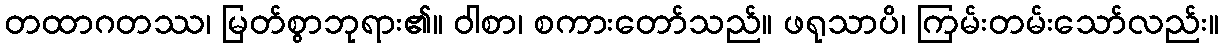
တထာဂတဿ၊ မြတ်စွာဘုရား၏။ ဝါစာ၊ စကားတော်သည်။ ဖရုသာပိ၊ ကြမ်းတမ်းသော်လည်း။